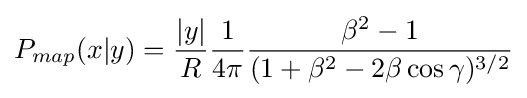
P_{map}(x|y)={\frac {|y|}{R}}{\frac {1}{4\pi }}{\frac {\beta ^{2}-1}{(1+\beta ^{2}-2\beta \cos \gamma )^{3/2}}}